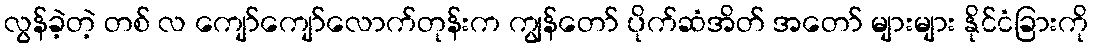
လွန်ခဲ့တဲ့ တစ် လ ကျော်ကျော်လောက်တုန်းက ကျွန်တော် ပိုက်ဆံအိတ် အတော် များများ နိုင်ငံခြားကို